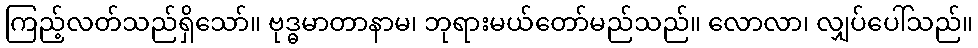
ကြည့်လတ်သည်ရှိသော်။ ဗုဒ္ဓမာတာနာမ၊ ဘုရားမယ်တော်မည်သည်။ လောလာ၊ လျှပ်ပေါ်သည်။